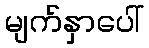
မျက်နှာပေါ်